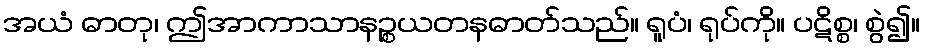
အယံ ဓာတု၊ ဤအာကာသာနဉ္စယတနဓာတ်သည်။ ရူပံ၊ ရုပ်ကို။ ပဋိစ္စ၊ စွဲ၍။